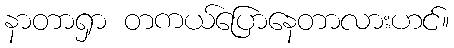
နာတာရှာ တကယ်ပြောနေတာလားဟင်။